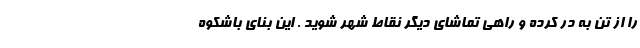
را از تن به در کرده و راهی تماشای دیگر نقاط شهر شوید . این بنای باشکوه